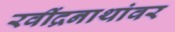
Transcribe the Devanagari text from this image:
रवींद्रनाथांवर